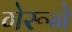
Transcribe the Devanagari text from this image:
गेरूने